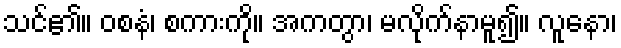
သင်၏။ ဝစနံ၊ စကားကို။ အကတွာ၊ မလိုက်နာမူ၍။ လူနော၊